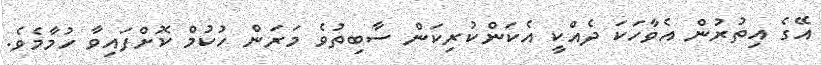
އޭގެ އިތުރުން އެވާހަކަ ދެއްކީ އެކަންކުރިކަން ސާބިތުވެ މަރަން ހުކުމް ކޮށްފައިވާ ހުމާމެވެ.